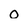
Character: 0